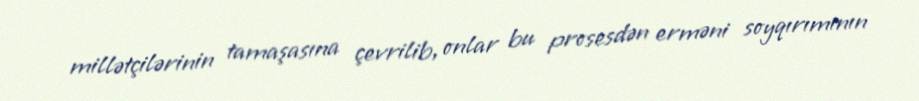
millətçilərinin tamaşasına çevrilib, onlar bu prosesdən erməni soyqırımının